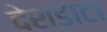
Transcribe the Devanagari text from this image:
देशडाटा